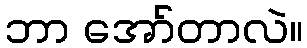
ဘာ အော်တာလဲ။